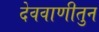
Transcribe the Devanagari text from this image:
देववाणीतुन